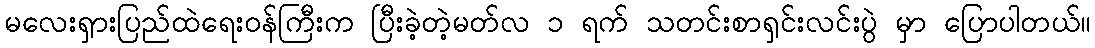
မလေးရှားပြည်ထဲရေးဝန်ကြီးက ပြီးခဲ့တဲ့မတ်လ ၁ ရက် သတင်းစာရှင်းလင်းပွဲ မှာ ပြောပါတယ်။